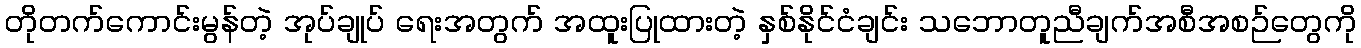
တိုတက်ကောင်းမွန်တဲ့ အုပ်ချုပ် ရေးအတွက် အထူးပြုထားတဲ့ နှစ်နိုင်ငံချင်း သဘောတူညီချက်အစီအစဉ်တွေကို